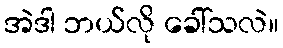
အဲဒါ ဘယ်လို ခေါ်သလဲ။